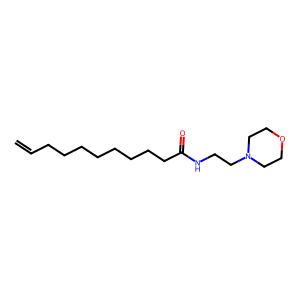
SMILES: C=CCCCCCCCCC(=O)NCCN1CCOCC1
Inhibits HIV replication: No